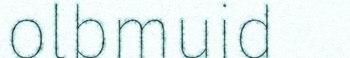
olbmuid